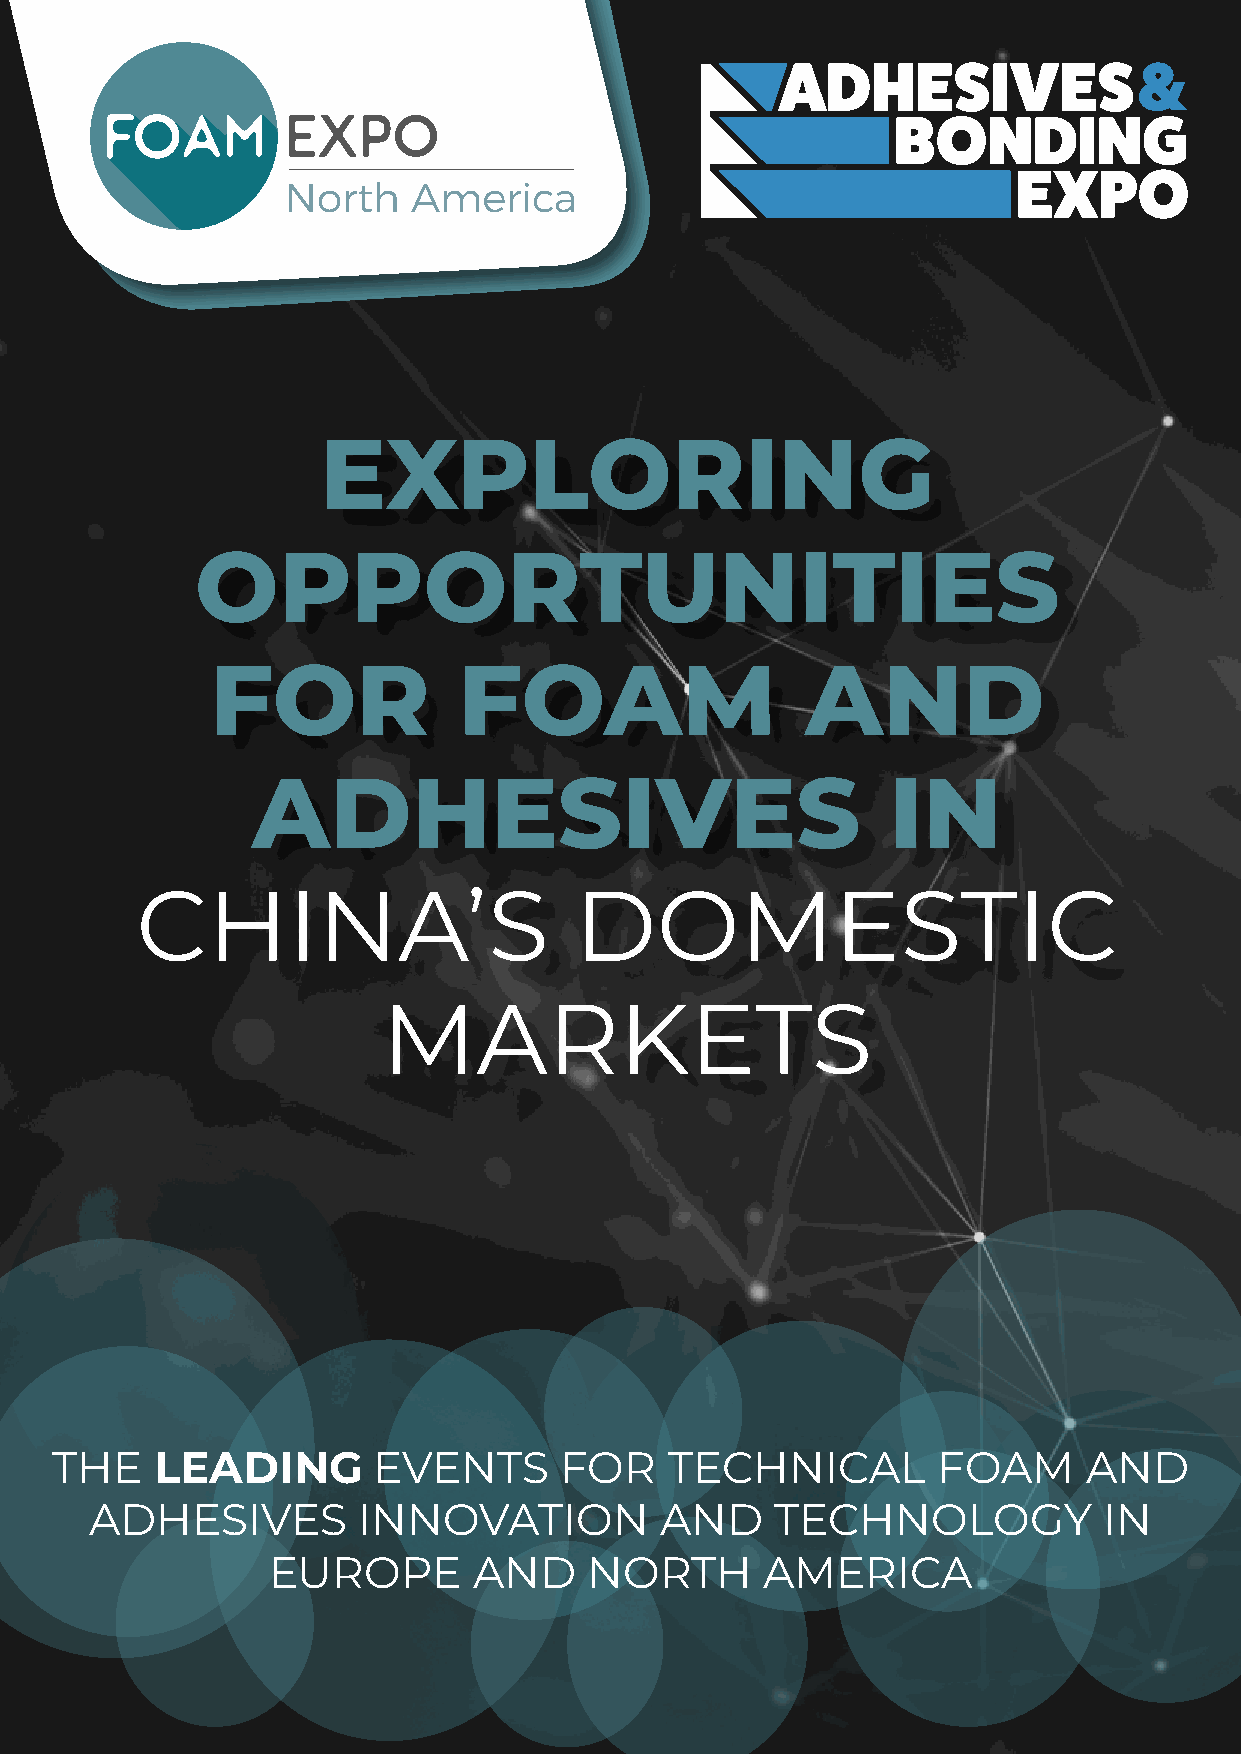
EXPLORING
 OPPORTUNITIES
 FOR             FOAM                   AND
 ADHESIVES                                 IN
 CHINA’S                      DOMESTIC
 MARKETS
 THE    LEADING        EVENTS      FOR    TECHNICAL         FOAM      AND
 ADHESIVES         INNOVATION          AND    TECHNOLOGY            IN
 EUROPE       AND     NORTH      AMERICA